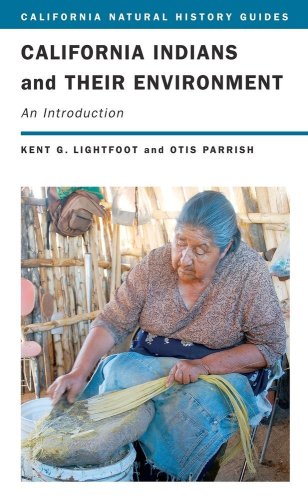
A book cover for California Indians and Their Environment: An Introduction (California Natural History Guides); Kent G. Lightfoot; Science & Math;